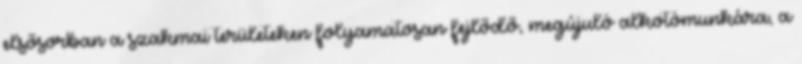
elsősorban a szakmai területeken folyamatosan fejlődő, megújuló alkotómunkára, a